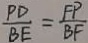
\frac { P D } { B E } = \frac { F P } { B F }